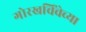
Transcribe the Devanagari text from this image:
गोरखचिंचेच्या